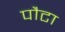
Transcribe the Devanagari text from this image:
पौटा